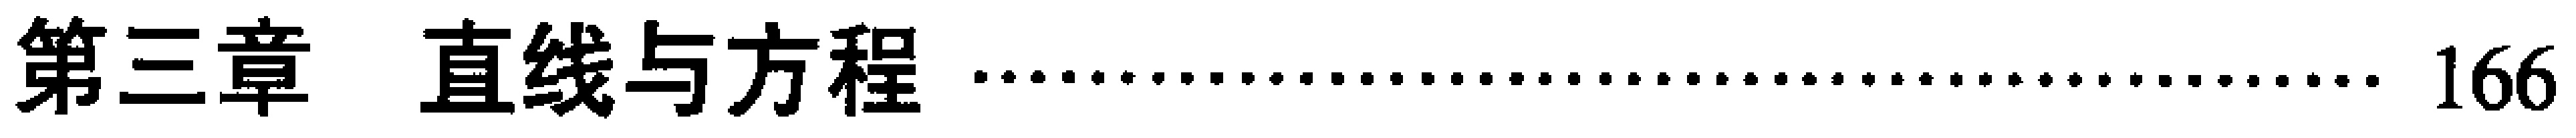
第三章  直线与方程  \hfill 166